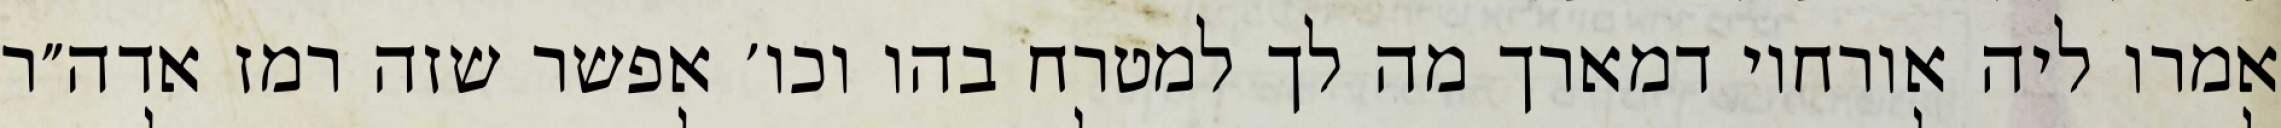
אמרו ליה אורחוי דמארך מה לך למטרח בהו וכו׳ אפשר שזה רמז אדה״ר